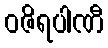
ဝဇိရပါဏီ